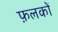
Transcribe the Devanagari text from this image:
फ़लकों